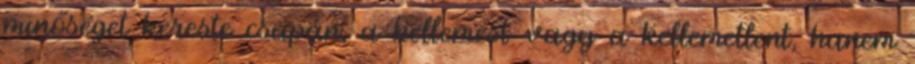
minőséget kereste csupán, a kellemest vagy a kellemetlent, hanem